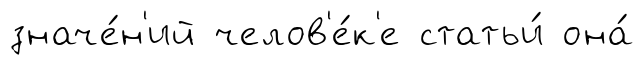
значе́н'ий челов'е́к'е статьи́ она́